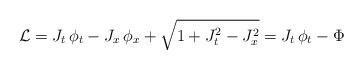
\begin{align*}\mathcal{L}=J_{t}\, \phi _{t}-J_{x}\, \phi _{x}+\sqrt{1+J_{t}^{2}-J_{x}^{2}}=J_{t}\, \phi _{t}-\Phi\end{align*}